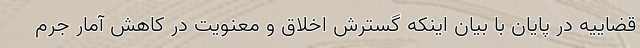
قضاییه در پایان با بیان اینکه گسترش اخلاق و معنویت در کاهش آمار جرم